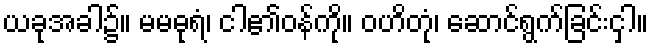
ယခုအခါ၌။ မမဓုရံ၊ ငါ၏ဝန်ကို။ ဝဟိတုံ၊ ဆောင်ရွက်ခြင်းငှါ။